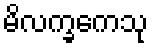
မိလက္ခကေသု